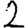
Digit: 2